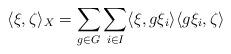
LaTeX: \begin{align*}\langle \xi, \zeta\rangle_X = \sum_{g\in G}\sum_{i\in I}^{}\langle \xi, g\xi_i \rangle \langle g\xi_i, \zeta \rangle\end{align*}